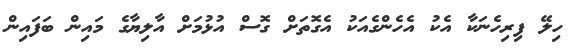
ހިލޭ ފިރިހެނަކާ އެކު އެހެންގެއަކު އެގޮތަށް ގޮސް އުޅުމަށް އާލިޔާގެ މައިން ބަފައިން